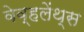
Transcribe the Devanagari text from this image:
वेव्हलेंथ्स